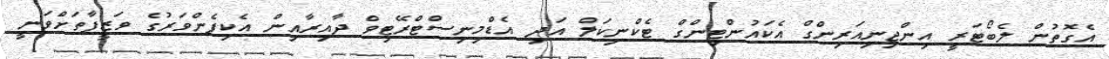
އެގޮތުން ލެބޯޓަރީ އިންޖިނިއަރިންގް އެކައުންޓިންގް ޓެކްނިކަލް އަދި އެޑްމިނިސްޓްރޭޓިވް ދާއިރާއިން އެކިފެންވަރުގެ ވަޒީފާތަށްވަނީ